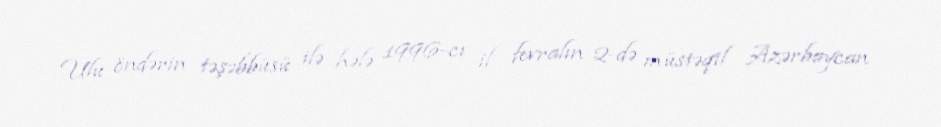
Ulu öndərin təşəbbüsü ilə hələ 1996-cı il fevralın 2-də müstəqil Azərbaycan